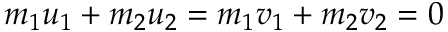
m _ { 1 } u _ { 1 } + m _ { 2 } u _ { 2 } = m _ { 1 } v _ { 1 } + m _ { 2 } v _ { 2 } = { 0 } \,